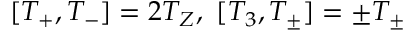
[ T _ { + } , T _ { - } ] = 2 T _ { Z } , \, \, [ T _ { 3 } , T _ { \pm } ] = \pm T _ { \pm }